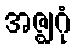
အဇ္ဈဂုံ